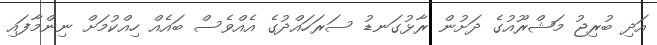
އަދި ބުރިޖު މަޝްރޫއުގެ ދަށުން ރާޅުގަނޑު ސަރަހައްދުގެ އެއްވެސް ބައެއް ހިއްކުމަށް ނިންމާފައި